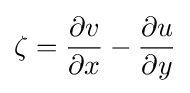
\zeta ={\frac {\partial v}{\partial x}}-{\frac {\partial u}{\partial y}}